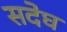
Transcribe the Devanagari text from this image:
सदेघ